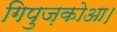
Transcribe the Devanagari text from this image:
गिपुज़कोआ।